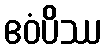
ဧဝံပိဿ